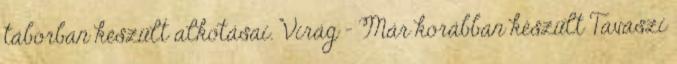
táborban készült alkotásai. Virág - Már korábban készült Tavaszi